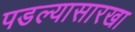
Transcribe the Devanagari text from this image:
पडल्यासारखा